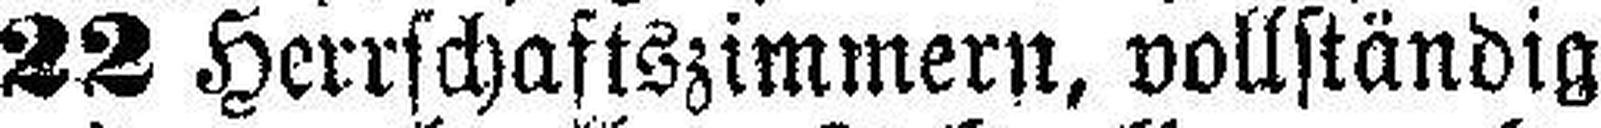
22 Herrschaftszimmern, vollständig